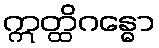
ဣတ္ထိဂန္ဓော